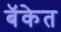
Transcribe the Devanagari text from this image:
बॅकेत